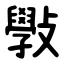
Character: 斅